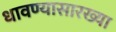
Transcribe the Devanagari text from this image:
धावण्यासारख्या